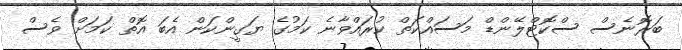
ބަރޮނެސް ސްކޮޓްލޭންޑް މަސައްކަތް ކުރައްވާނެ ކަމުގެ ޔަގީންކަން އެބަ އޮތް ކަމަށް ވެސް